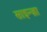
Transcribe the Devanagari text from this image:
साइन्ज़ा